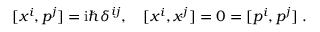
[ x ^ { i } , p ^ { j } ] = \ensuremath { \mathrm { i } } \hbar \delta ^ { i j } , \ \ \ [ x ^ { i } , x ^ { j } ] = 0 = [ p ^ { i } , p ^ { j } ] \; .